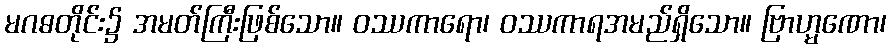
မဂဓတိုင်း၌ အမတ်ကြီးဖြစ်သော။ ဝဿကာရော၊ ဝဿကာရအမည်ရှိသော။ ဗြာဟ္မဏော၊